Annual administration report of the Civil Veterinary Department of India - 1895-1896
Year: 1895
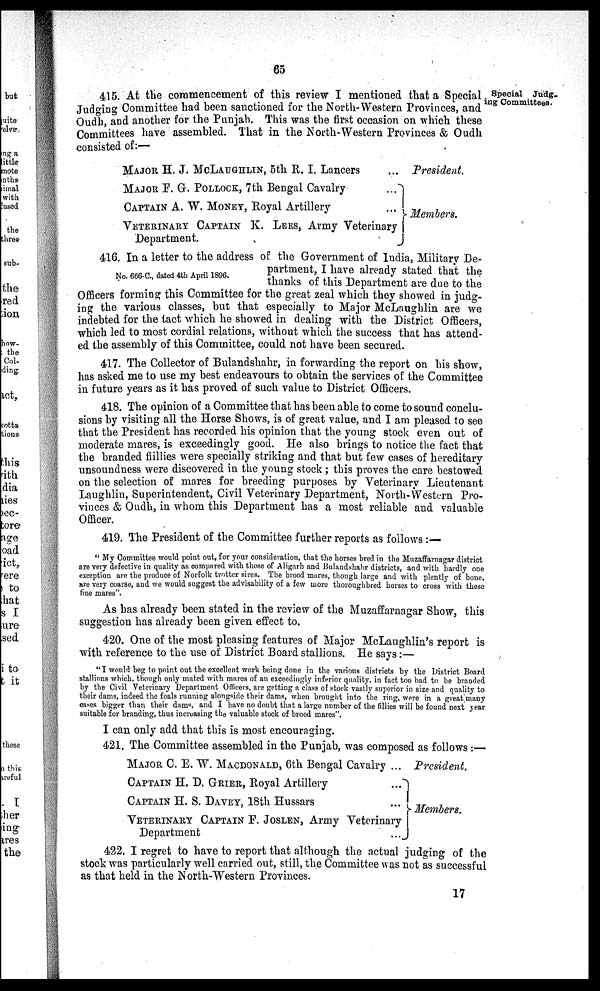
65
Special Judging Committees.
415. At the commencement of this review I mentioned that a Special
Judging Committee had been sanctioned for the North-Western Provinces, and
Oudh, and another for the Punjab. This was the first occasion on which these
Committees have assembled. That in the North-Western Provinces & Oudh
consisted of:—
MAJOR H. J. MCLAUGHLIN, 5th R. I. Lancers ...
MAJOR F. G. POLLOCK, 7th Bengal Cavalry
...
CAPTAIN A. W. MONEY, Royal Artillery
...
VETERINARY CAPTAIN K. LEES, Army Veterinary
Department.
President.
Members.
No. 666-C., dated 4th April 1896.
416. In a letter to the address of the Government of India, Military De-
partment, I have already stated that the
thanks of this Department are due to the
Officers forming this Committee for the great zeal which they showed in judg-
ing the various classes, but that especially to Major McLaughlin are we
indebted for the tact which he showed in dealing with the District Officers,
which led to most cordial relations, without which the success that has attend-
ed the assembly of this Committee, could not have been secured.
417. The Collector of Bulandshahr, in forwarding the report on his show,
has asked me to use my best endeavours to obtain the services of the Committee
in future years as it has proved of such value to District Officers.
418. The opinion of a Committee that has been able to come to sound conclu-
sions by visiting all the Horse Shows, is of great value, and I am pleased to see
that the President has recorded his opinion that the young stock even out of
moderate mares, is exceedingly good. He also brings to notice the fact that
the branded fillies were specially striking and that but few cases of hereditary
unsoundness were discovered in the young stock; this proves the care bestowed
on the selection of mares for breeding purposes by Veterinary Lieutenant
Laughlin, Superintendent, Civil Veterinary Department, North-Western Pro-
vinces & Oudh, in whom this Department has a most reliable and valuable
Officer.
419. The President of the Committee further reports as follows:—
"My Committee would point out, for your consideration, that the horses bred in the Muzaffarnagar district
are very defective in quality as compared with those of Aligarb and Bulandshahr districts, and with hardly one
exception are the produce of Norfolk trotter sires. The brood mares, though large and with plently of bone,
are very coarse, and we would suggest the advisability of a few more thoroughbred horses to cross with these
fine mares".
As has already been stated in the review of the Muzaffarnagar Show, this
suggestion has already been given effect to.
420. One of the most pleasing features of Major McLaughlin's report is
with reference to the use of District Board stallions. He says:—
"I would beg to point out the excellent work being done in the various districts by the District Board
stallions which, though only mated with mares of an exceedingly inferior quality, in fact too bad to be branded
by the Civil Veterinary Department Officers, are getting a class of stock vastly superior in size and quality to
their dams, indeed the foals running alongside their dams, when brought into the ring, were in a great many
cases bigger than their dams, and I have no doubt that a large number of the fillies will be found next year
suitable for branding, thus increasing the valuable stock of brood mares".
I can only add that this is most encouraging.
421. The Committee assembled in the Punjab, was composed as follows :—
MAJOR C. E. W. MACDONALD, 6th Bengal Cavalry ...
CAPTAIN H. D. GRIER, Royal Artillery
...
CAPTAIN H. S. DAVEY, 18th Hussars
...
VETERINARY CAPTAIN F. JOSLEN, Army Veterinary
Department
...
President.
Members.
422. I regret to have to report that although the actual judging of the
stock was particularly well carried out, still, the Committee was not as successful
as that held in the North-Western Provinces.
17